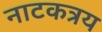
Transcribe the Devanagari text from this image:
नाटकत्रय